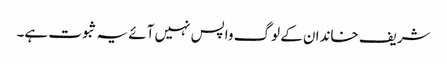
شریف خاندان کے لوگ واپس نہیں آئے یہ ثبوت ہے۔